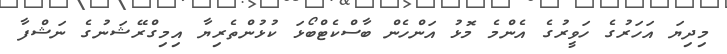
މިދިޔަ އަހަރުގެ ހަވީރުގެ އެންމެ މޮޅު އަންހެން ބާސްކެޓްބޯޅަ ކުޅުންތެރިޔާ އިމިގްރޭޝަނުގެ ނަޝްފާ